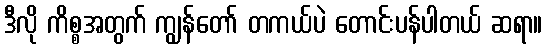
ဒီလို ကိစ္စအတွက် ကျွန်တော် တကယ်ပဲ တောင်းပန်ပါတယ် ဆရာ။